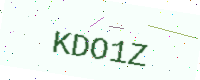
Text: KDO1Z